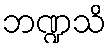
ဘဏ္ဍသိ